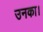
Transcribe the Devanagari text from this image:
उनका।